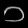
Digit: ၁